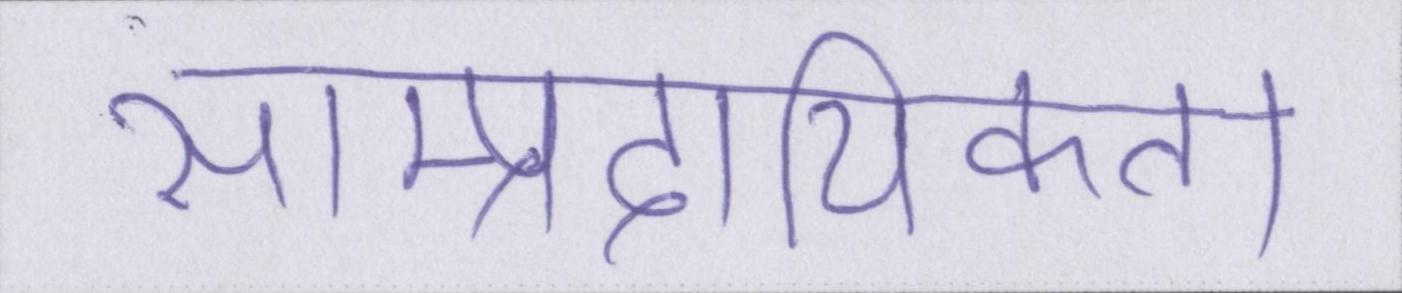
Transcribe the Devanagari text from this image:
साम्प्रदायिकता